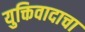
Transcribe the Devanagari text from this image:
युक्तिवादाचा